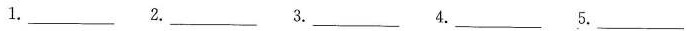
1.___ 2.___ 3.___ 4.___ 5.___